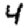
Digit: 4